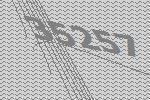
35257